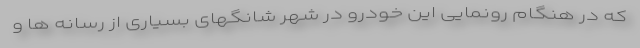
که در هنگام رونمایی این خودرو در شهر شانگهای بسیاری از رسانه ها و